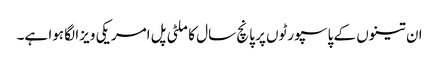
ان تینوں کے پاسپورٹوں پر پانچ سال کا ملٹی پل امریکی ویزا لگا ہوا ہے۔